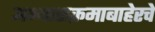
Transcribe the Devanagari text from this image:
अभ्यासक्रमाबाहेरचे